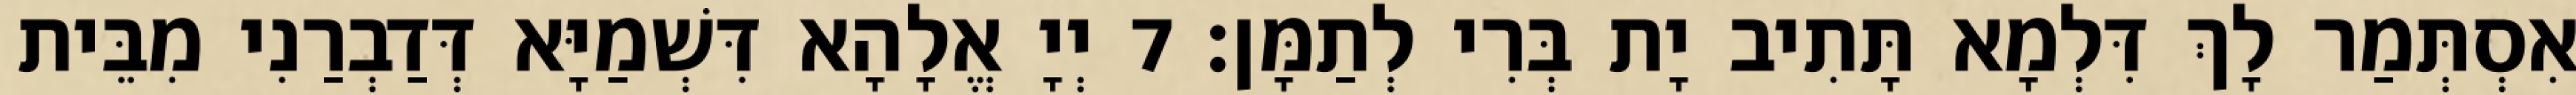
אִסְתְּמַר לָךְ דִּלְמָא תָּתִיב יָת בְּרִי לְתַמָּן׃ 7 יְיָ אֱלָהָא דִּשְׁמַיָּא דְּדַבְרַנִי מִבֵּית